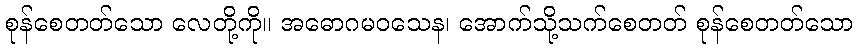
စုန်စေတတ်သော လေတို့ကို။ အဓောဂမဝသေန၊ အောက်သို့သက်စေတတ် စုန်စေတတ်သော